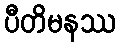
ပီတိမနဿ